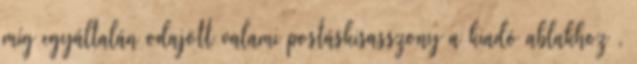
míg egyáltalán odajött valami postáskisasszony a kiadó ablakhoz ,